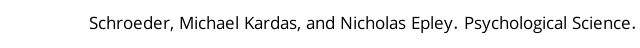
Schroeder, Michael Kardas, and Nicholas Epley. Psychological Science.